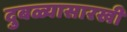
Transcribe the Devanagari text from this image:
दुबळ्यासारखी